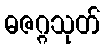
ဓဇဂ္ဂသုတ်